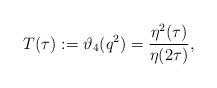
LaTeX: \begin{align*} T(\tau):=\vartheta_4(q^2)=\frac{\eta^2(\tau)}{\eta(2\tau)},\end{align*}